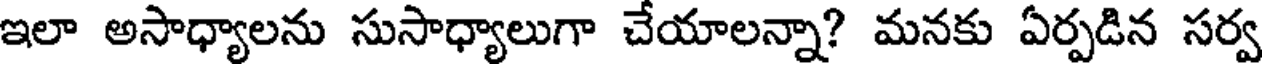
ఇలా అసాధ్యాలను సుసాధ్యాలుగా చేయాలన్నా? మనకు ఏర్పడిన సర్వ